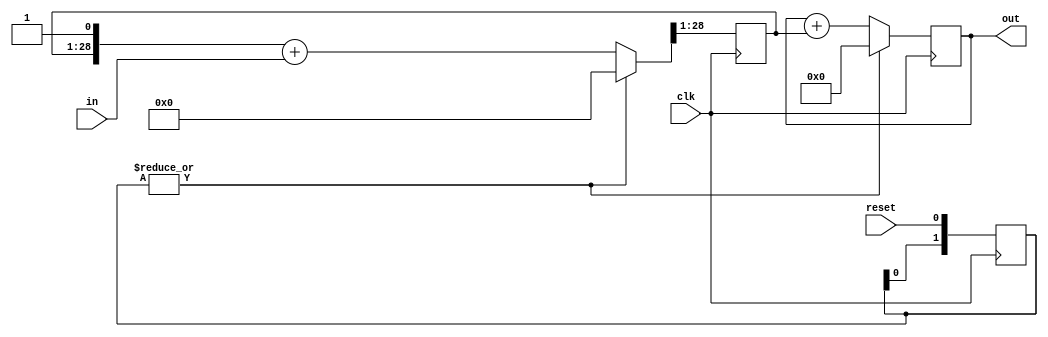
`timescale 1ns / 1ns
// 2 steps of CIC integration. Reset to 0
// *** N.B: USES AN UNDOCUMENTED IMPLIED DIVIDE-BY-TWO

module double_inte #(
	parameter dwi=16,  // data width in
	parameter dwo=28   // data width out
	// output is n bits more than the input, where 2^n should be
	// more than the cic factor^2.
	// In the case 47^2=2209, adding 12 bits is OK.
) (
	input clk,  // timespec 8.4 ns
	input signed [dwi-1:0] in,  // possibly muxed
	output signed [dwo-1:0] out,
	input reset  // reset integrator to 0
);


reg [1:0] reset_r = 0;
always @(posedge clk) begin
	reset_r <= {reset_r[0], reset};
end
reg signed [dwo-1:0] int1 = 0, int2 = 0;
reg ignore=0;
always @(posedge clk) begin
	{int1, ignore} <= |reset_r ? 0 : ($signed({int1, 1'b1}) + in);
	int2 <= |reset_r ? 0 : (int2 + int1);
end
assign out = int2;

endmodule